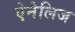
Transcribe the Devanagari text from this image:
ऐनेलिज